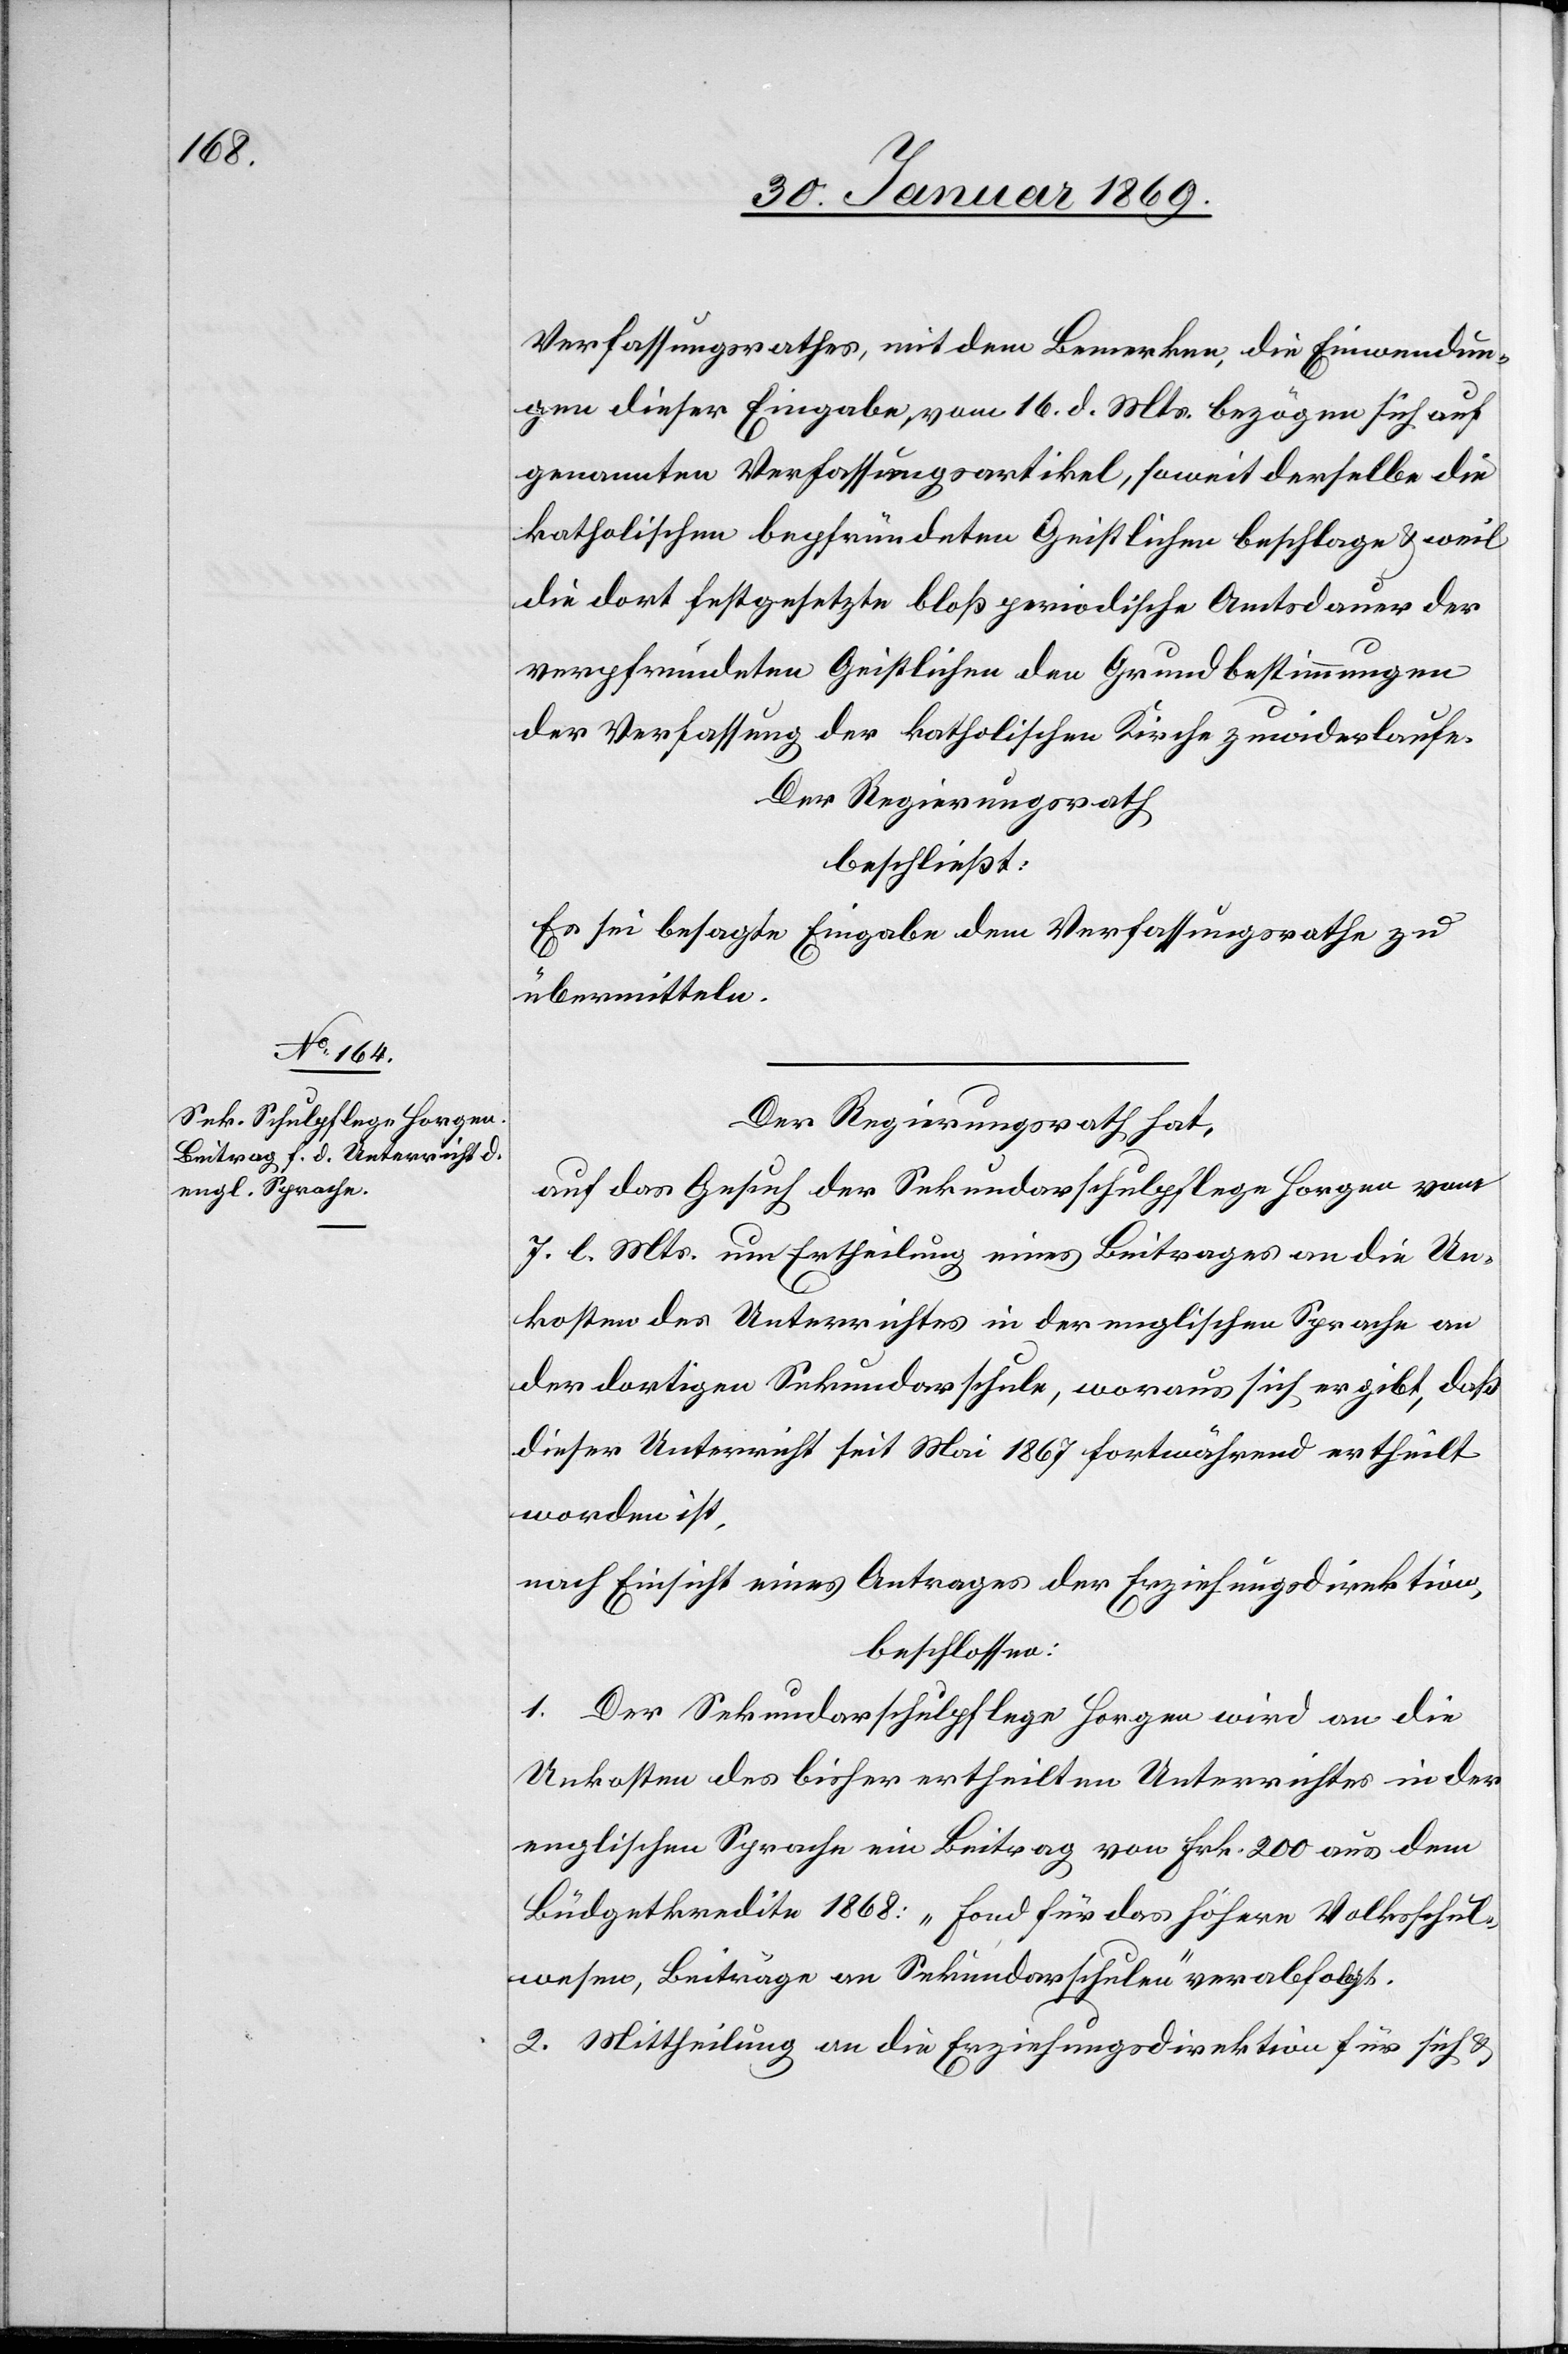
Verfassungsrathes, mit dem Bemerken, die Einwendun¬
gen dieser Eingabe, vom 16. d. Mts. bezögen sich auf
genannten Verfassungsartikel, soweit derselbe die
katholischen bepfründeten Geistlichen beschlage & weil
die dort festgesetzte bloß periodische Amtsdauer der
verpfründeten Geistlichen den Grundbestimmungen
der Verfassung der katholischen Kirche zuwiderlaufe.
Der Regierungsrath
beschließt:
Es sei besagte Eingabe dem Verfassungsrathe zu
übermitteln.
Der Regierungsrath hat,
auf das Gesuch der Sekundarschulpflege Horgen vom
7. l. Mts. um Ertheilung eines Beitrages an die Un¬
kosten des Unterrichtes in der englischen Sprache an
der dortigen Sekundarschule, woraus sich ergibt, daß
dieser Unterricht seit Mai 1867 fortwährend ertheilt
worden ist,
nach Einsicht eines Antrages der Erziehungsdirektion,
beschlossen:
1. Der Sekundarschulpflege Horgen wird an die
Unkosten des bisher ertheilten Unterrichtes in der
englischen Sprache ein Beitrag von Frk. 200 aus dem
Büdgetkredite 1868: „Fond für das höhere Volksschul¬
wesen, Beiträge an Sekundarschulen“ verabfolgt.
2. Mittheilung an die Erziehungsdirektion für sich &